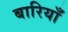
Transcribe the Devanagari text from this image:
बारियाँ